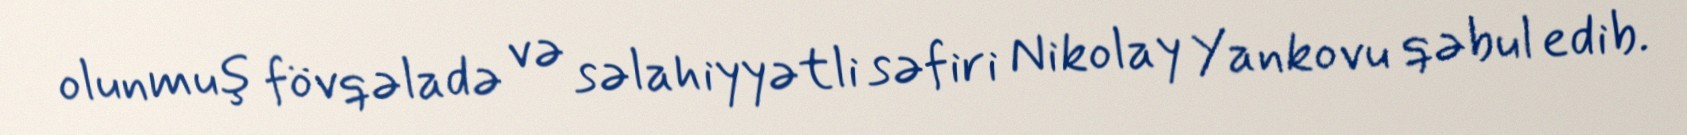
olunmuş fövqəladə və səlahiyyətli səfiri Nikolay Yankovu qəbul edib.